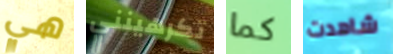
هي تكرهينني كما شاهدت